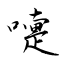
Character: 嚏